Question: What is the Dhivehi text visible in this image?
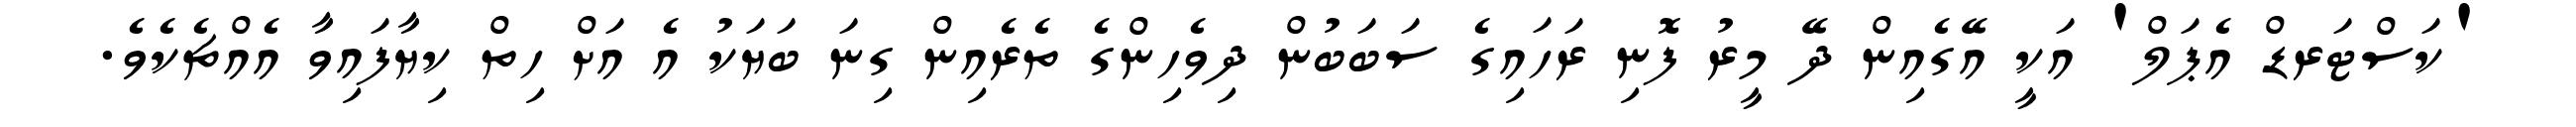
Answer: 'ކަސްޓަރޑް އެޕަލް' އަކީ އޭގެއިން ދޭ މީރު ފޮނި ރަހައިގެ ސަބަބުން ދިވެހިންގެ ތެރެއިން ގިނަ ބަޔަކު އެ އަށް ހިތް ކިޔާފައިވާ އެއްޗެކެވެ.